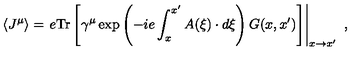
\left\langle J ^ { \mu } \right\rangle = \left. e \mathrm { T r } \left[ \gamma ^ { \mu } \exp \left( - i e \int _ { x } ^ { x ^ { \prime } } A ( \xi ) \cdot d \xi \right) G ( x , x ^ { \prime } ) \right] \right| _ { x \rightarrow x ^ { \prime } } \ ,